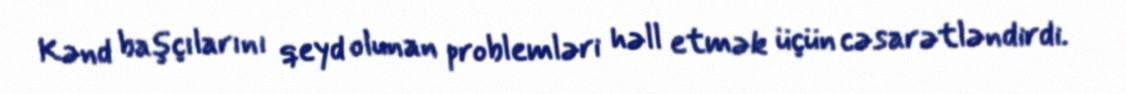
Kənd başçılarını qeyd olunan problemləri həll etmək üçün cəsarətləndirdi.